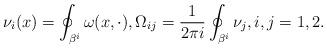
LaTeX: \begin{align*}\nu_{i}(x)=\oint_{\beta^{i}}\omega(x,\cdot ), \Omega_{ij}=\frac{1}{2\pi i}\oint_{\beta^{i}}\nu_{j}, i,j=1,2. \end{align*}